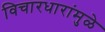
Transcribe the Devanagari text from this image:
विचारधारांमुळे